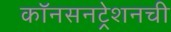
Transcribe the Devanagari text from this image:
कॉनसनट्रेशनची